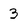
Character: 3